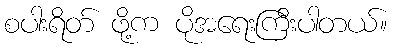
စပါးရိတ် ဖို့က ပိုအရေးကြီးပါတယ်။